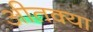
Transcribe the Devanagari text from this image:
अीतक्या